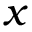
x